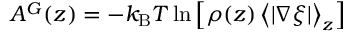
A ^ { G } ( z ) = - k _ { \mathrm { B } } T \ln \left[ \rho ( z ) \left< | \nabla \xi | \right> _ { z } \right]